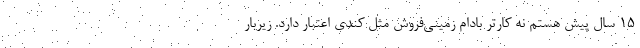
15 سال پیش هستم نه کارتر بادام زمینی‌فروش مثل کندی اعتبار دارد. زیربار